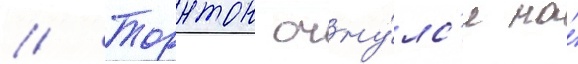
// Торнтон очну́лс'я на́